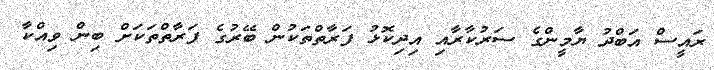
ރައީސް އަބްދު ޔާމީންގެ ސަރުކާރާއި އިދިކޮޅު ފަރާތްތަކުން ބޭރުގެ ފަރާތްތަކަށް ބިން ވިއްކާ